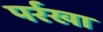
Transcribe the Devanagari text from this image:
पर्रखा